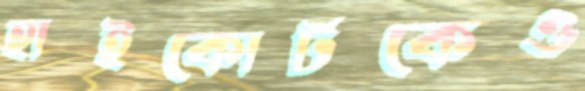
হাইকোর্টকেও